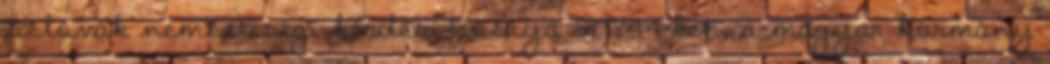
szlovák nemzetiségi kérdés. Kostya 21 1844-ben, a magyar kormány